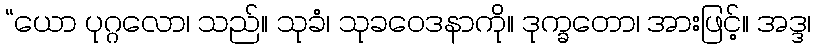
“ယော ပုဂ္ဂလော၊ သည်။ သုခံ၊ သုခဝေဒနာကို။ ဒုက္ခတော၊ အားဖြင့်။ အဒ္ဒ၊